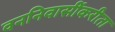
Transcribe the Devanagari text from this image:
वननिवासींकरीता